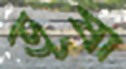
ভূষা